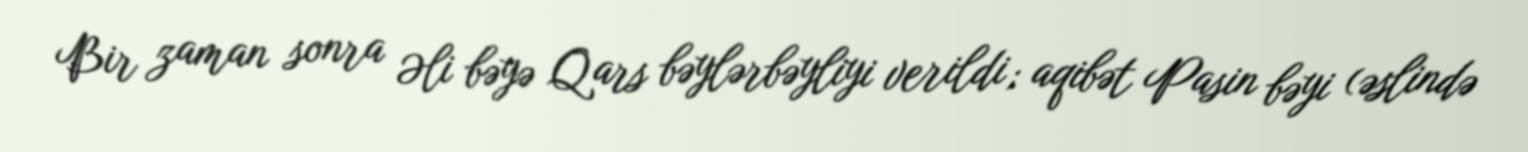
Bir zaman sonra Əli bəyə Qars bəylərbəyliyi verildi; aqibət Pasin bəyi (əslində